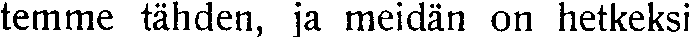
temme tähden, ja meidän on hetkeksi